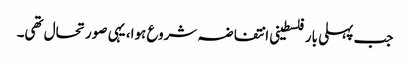
جب پہلی بار فلسطینی انتفاضہ شروع ہوا، یہی صورتحال تھی۔